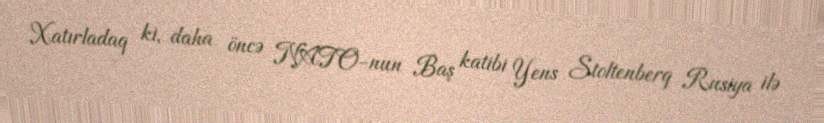
Xatırladaq ki, daha öncə NATO-nun Baş katibi Yens Stoltenberq Rusiya ilə